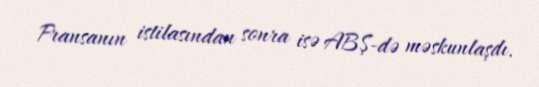
Fransanın istilasından sonra isə ABŞ-də məskunlaşdı.